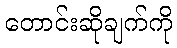
တောင်းဆိုချက်ကို